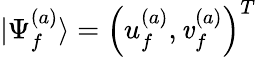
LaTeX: |\Psi_{f}^{(a)}\rangle=\left(u_{f}^{(a)},\mathit{v}_{f}^{(a)}\right)^{T}